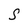
Character: S